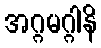
အဂ္ဂမဂ္ဂါနိ